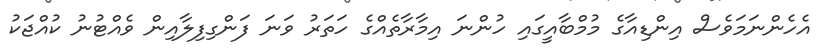
އެހެންނަމަވެސް އިންޑިއާގެ މުމްބާއީގައި ހުންނަ އިމާރާތެއްގެ ހަތަރު ވަނަ ފަންގިފިލާއިން ވެއްޓުނު ކުއްޖަކު